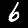
Digit: 6